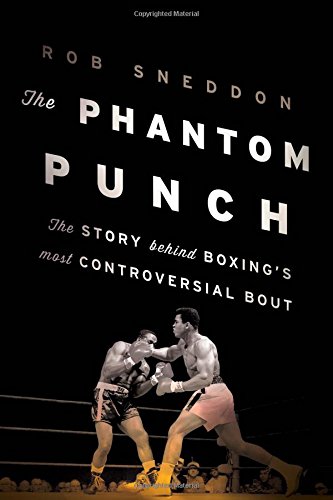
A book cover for The Phantom Punch: The Story Behind Boxing's Most Controversial Bout; Rob Sneddon; Sports & Outdoors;